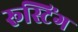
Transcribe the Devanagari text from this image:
रूस्टिंग